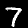
Digit: 7